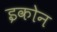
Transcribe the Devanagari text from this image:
इकोन